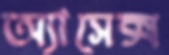
অ্যাসেক্স